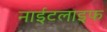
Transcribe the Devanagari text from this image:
नाईटलाइफ